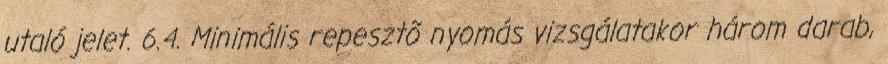
utaló jelet. 6.4. Minimális repesztõ nyomás vizsgálatakor három darab,